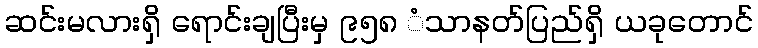
ဆင်းမလားရှိ ရောင်းချပြီးမှ ၉၅၈ ံသာနတ်ပြည်ရှိ ယခုတောင်